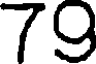
79